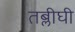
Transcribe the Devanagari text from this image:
तब्लीघी